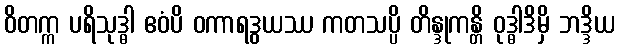
ဝိတက္က ပရိသုဒ္ဓါ ဧဝံပိ ဝကာရဒွယဿ ကတသပ္ပိ တိန္ဒုကန္တိ ဝုဒ္ဓါဒိမှိ ဘဒ္ဒိယ